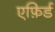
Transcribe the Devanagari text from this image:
एफ़िर्ड